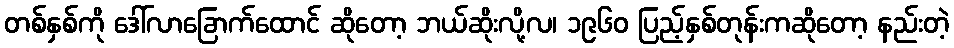
တစ်နှစ်ကို ဒေါ်လာခြောက်ထောင် ဆိုတော့ ဘယ်ဆိုးလို့လ၊ ၁၉၆၀ ပြည့်နှစ်တုန်းကဆိုတော့ နည်းတဲ့